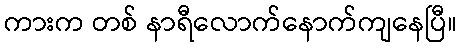
ကားက တစ် နာရီလောက်နောက်ကျနေပြီ။